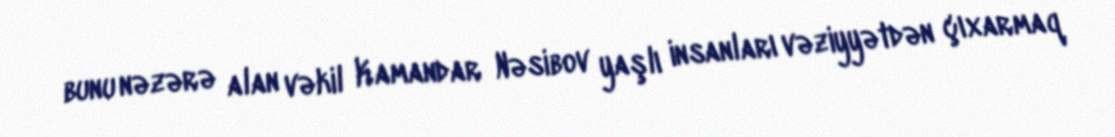
bunu nəzərə alan vəkil Kamandar Nəsibov yaşlı insanları vəziyyətdən çıxarmaq